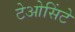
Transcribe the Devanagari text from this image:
टेओसिंटे